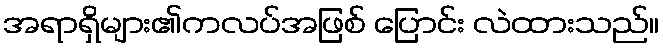
အရာရှိများ၏ကလပ်အဖြစ် ပြောင်း လဲထားသည်။